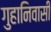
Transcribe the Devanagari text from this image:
गुहानिवासी